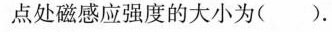
点处磁感应强度的大小为( )。